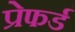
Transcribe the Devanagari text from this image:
प्रेफर्ड